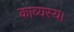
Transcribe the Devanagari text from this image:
काव्यस्य।